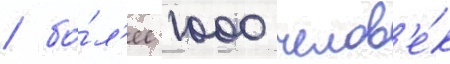
/ бо́л'ее 1000 челов'е́к